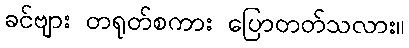
ခင်ဗျား တရုတ်စကား ပြောတတ်သလား။